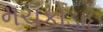
મચકોડાઇ